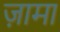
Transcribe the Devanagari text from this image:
ज़ामा